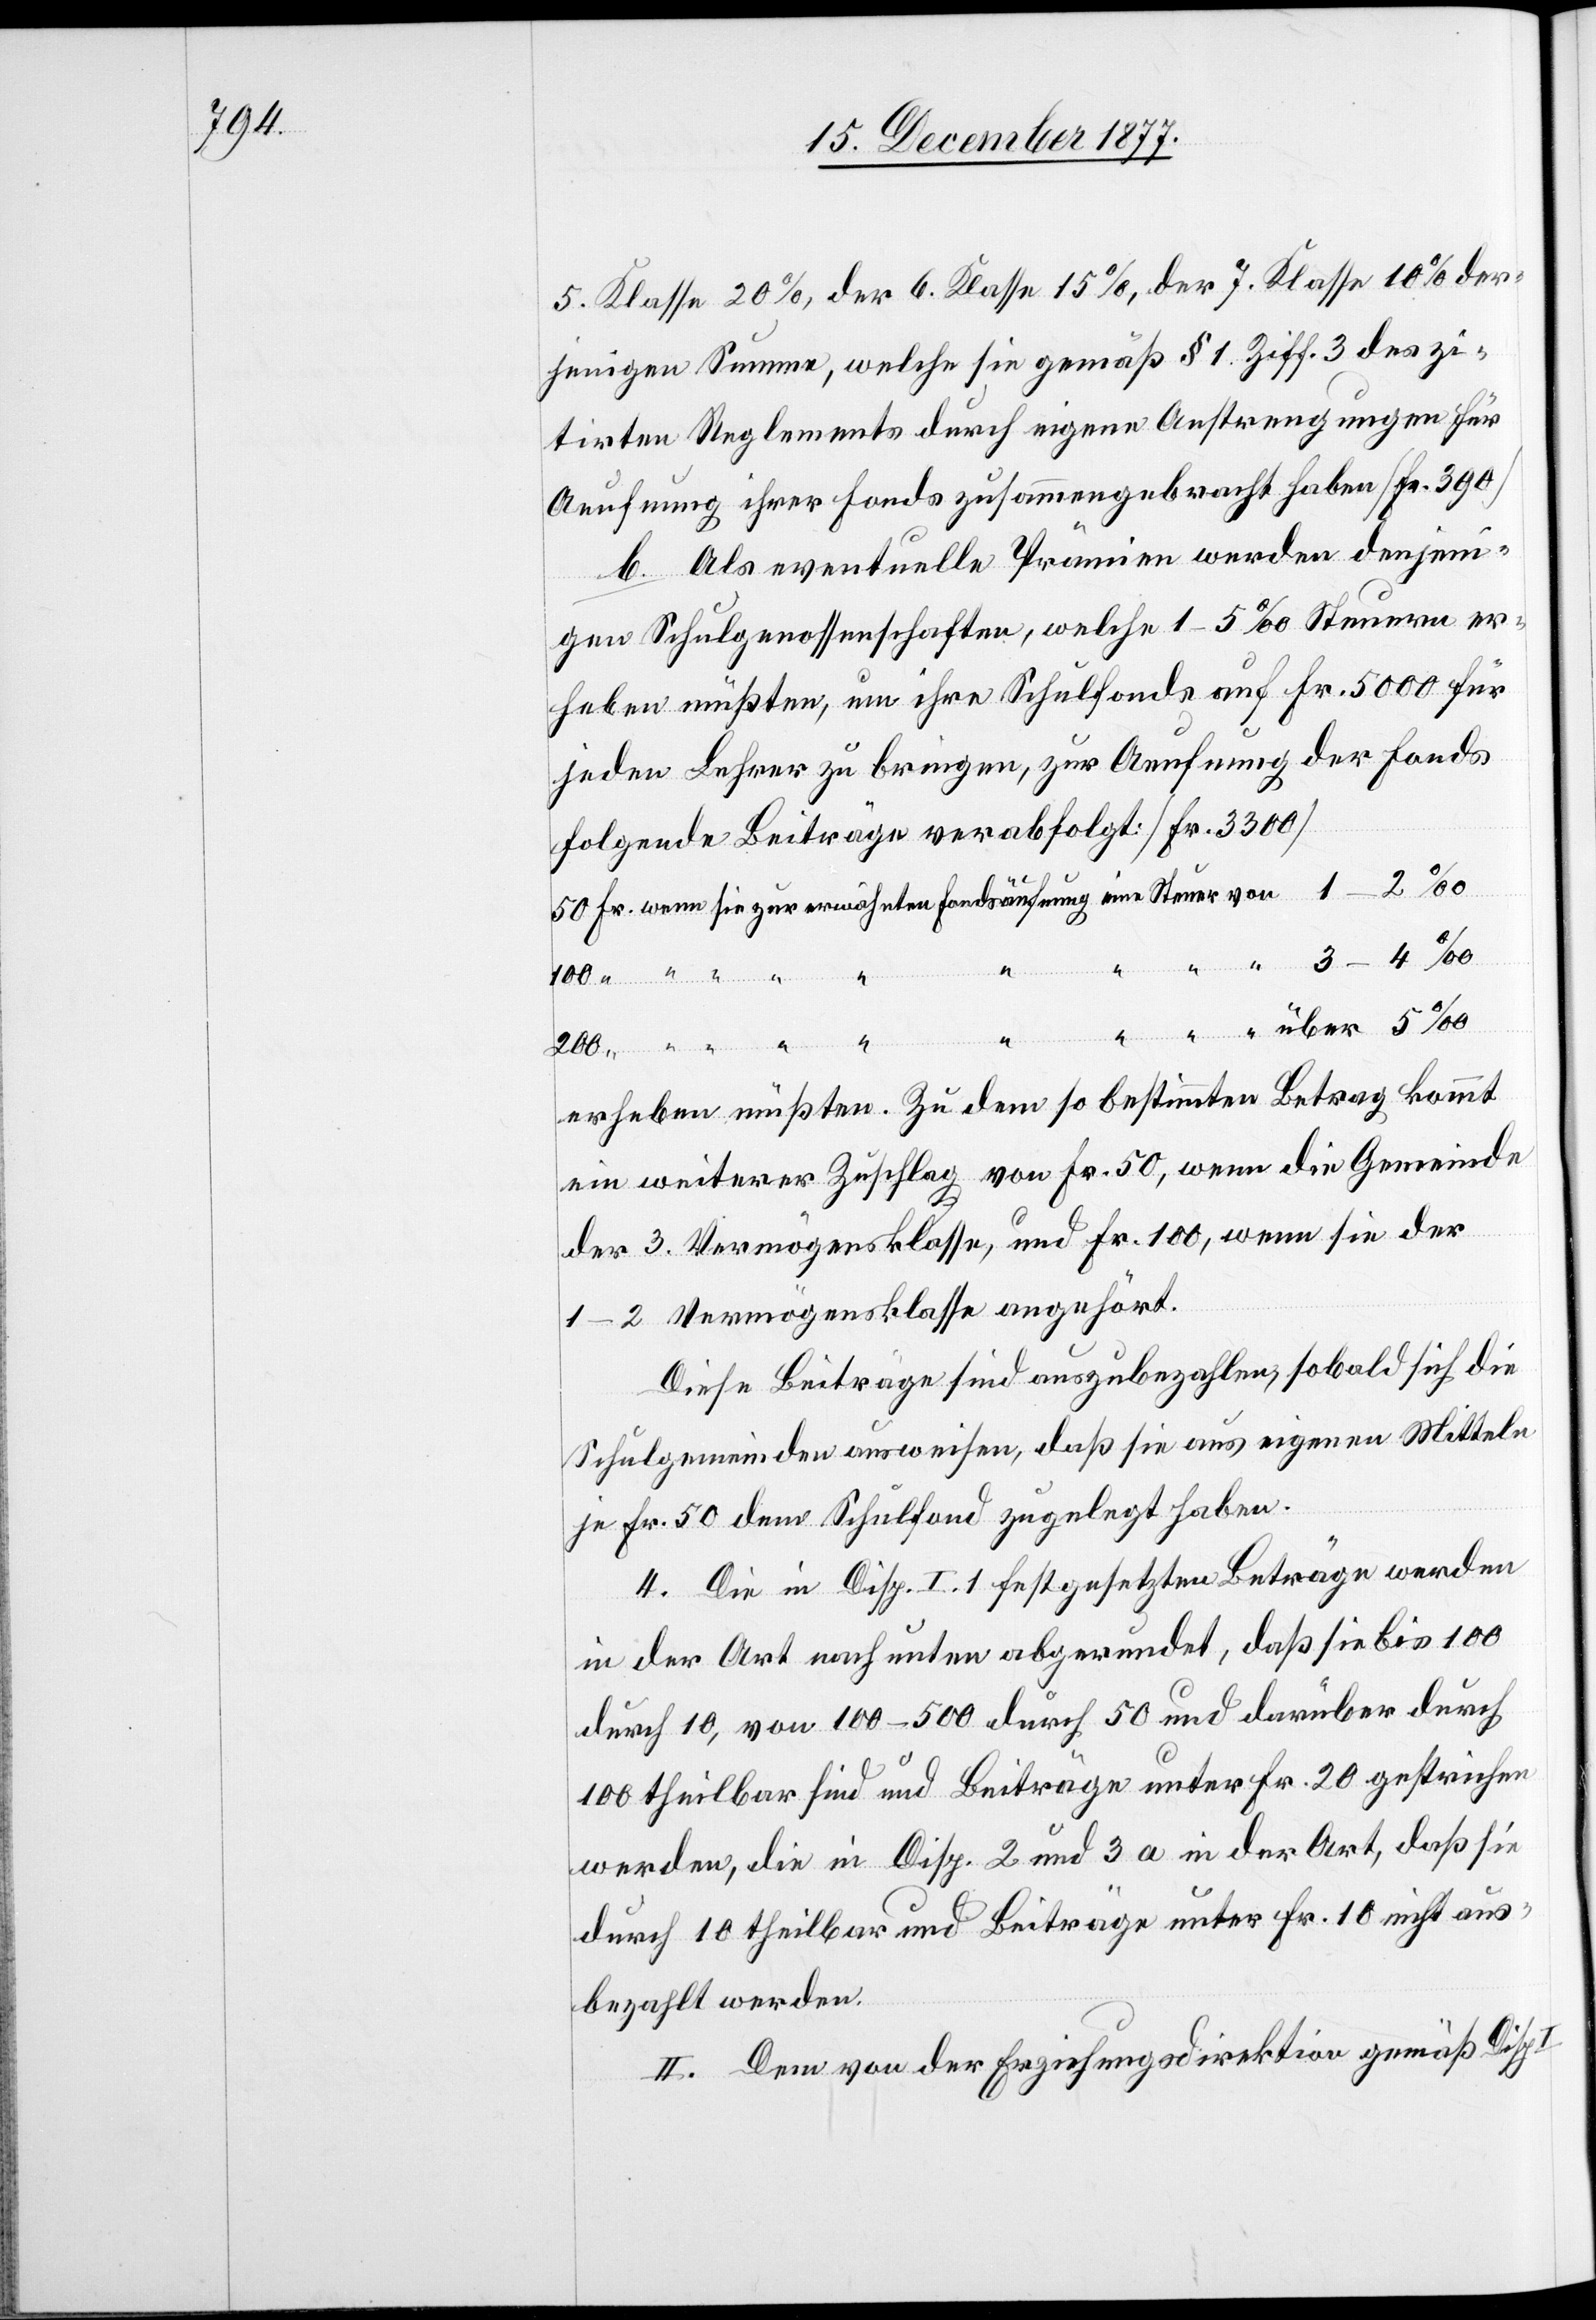
5. Klasse 20%, der 6. Klasse 15%, der 7. Klasse 10% der¬
jenigen Summe, welche sie gemäß § 1 Ziff. 3 des zi¬
tirten Reglements durch eigene Anstrengungen für
Aeufnung ihrer Fonds zusammengebracht haben [Fr. 390]
b. Als eventuelle Prämien werden denjeni¬
gen Schulgenossenschaften, welche 1–5‰ Steuern er¬
heben müßten, um ihre Schulfonds auf Fr. 5000 für
jeden Lehrer zu bringen, zur Aeufnung der Fonds
folgende Beiträge verabfolgt: [Fr. 3300]
wenn sie zur erwähnten Fondsäufnung eine Steuer von
200 “
erheben müßten. Zu dem so bestimmten Betrag kommt
ein weiterer Zuschlag von Fr. 50, wen die Gemeinde
der 3. Vermögensklasse, und Fr. 100, wenn sie der
1–2 Vermögensklasse angehört.
Diese Beiträge sind auszubezahlen, sobald sich die
Schulgemeinden ausweisen, daß sie aus eigenen Mitteln
je Fr. 50 dem Schulfond zugelegt haben.
4. Die in Disp. I. 1 festgesetzten Beträge werden
in der Art nach unten abgerundet, daß sie bis 100
durch 10, von 100–500 durch 50 und darüber durch
100 theilbar sind und Beiträge unter Fr. 20 gestrichen
werden, die in Disp. 2 und 3 a in der Art, daß sie
durch 10 theilbar und Beiträge unter Fr. 10 nicht aus¬
bezahlt werden.
II. Dem von der Erziehungsdirektion gemäß Disp.